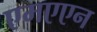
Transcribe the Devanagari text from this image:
एमएएन